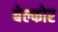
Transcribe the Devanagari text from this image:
बेल्फोर